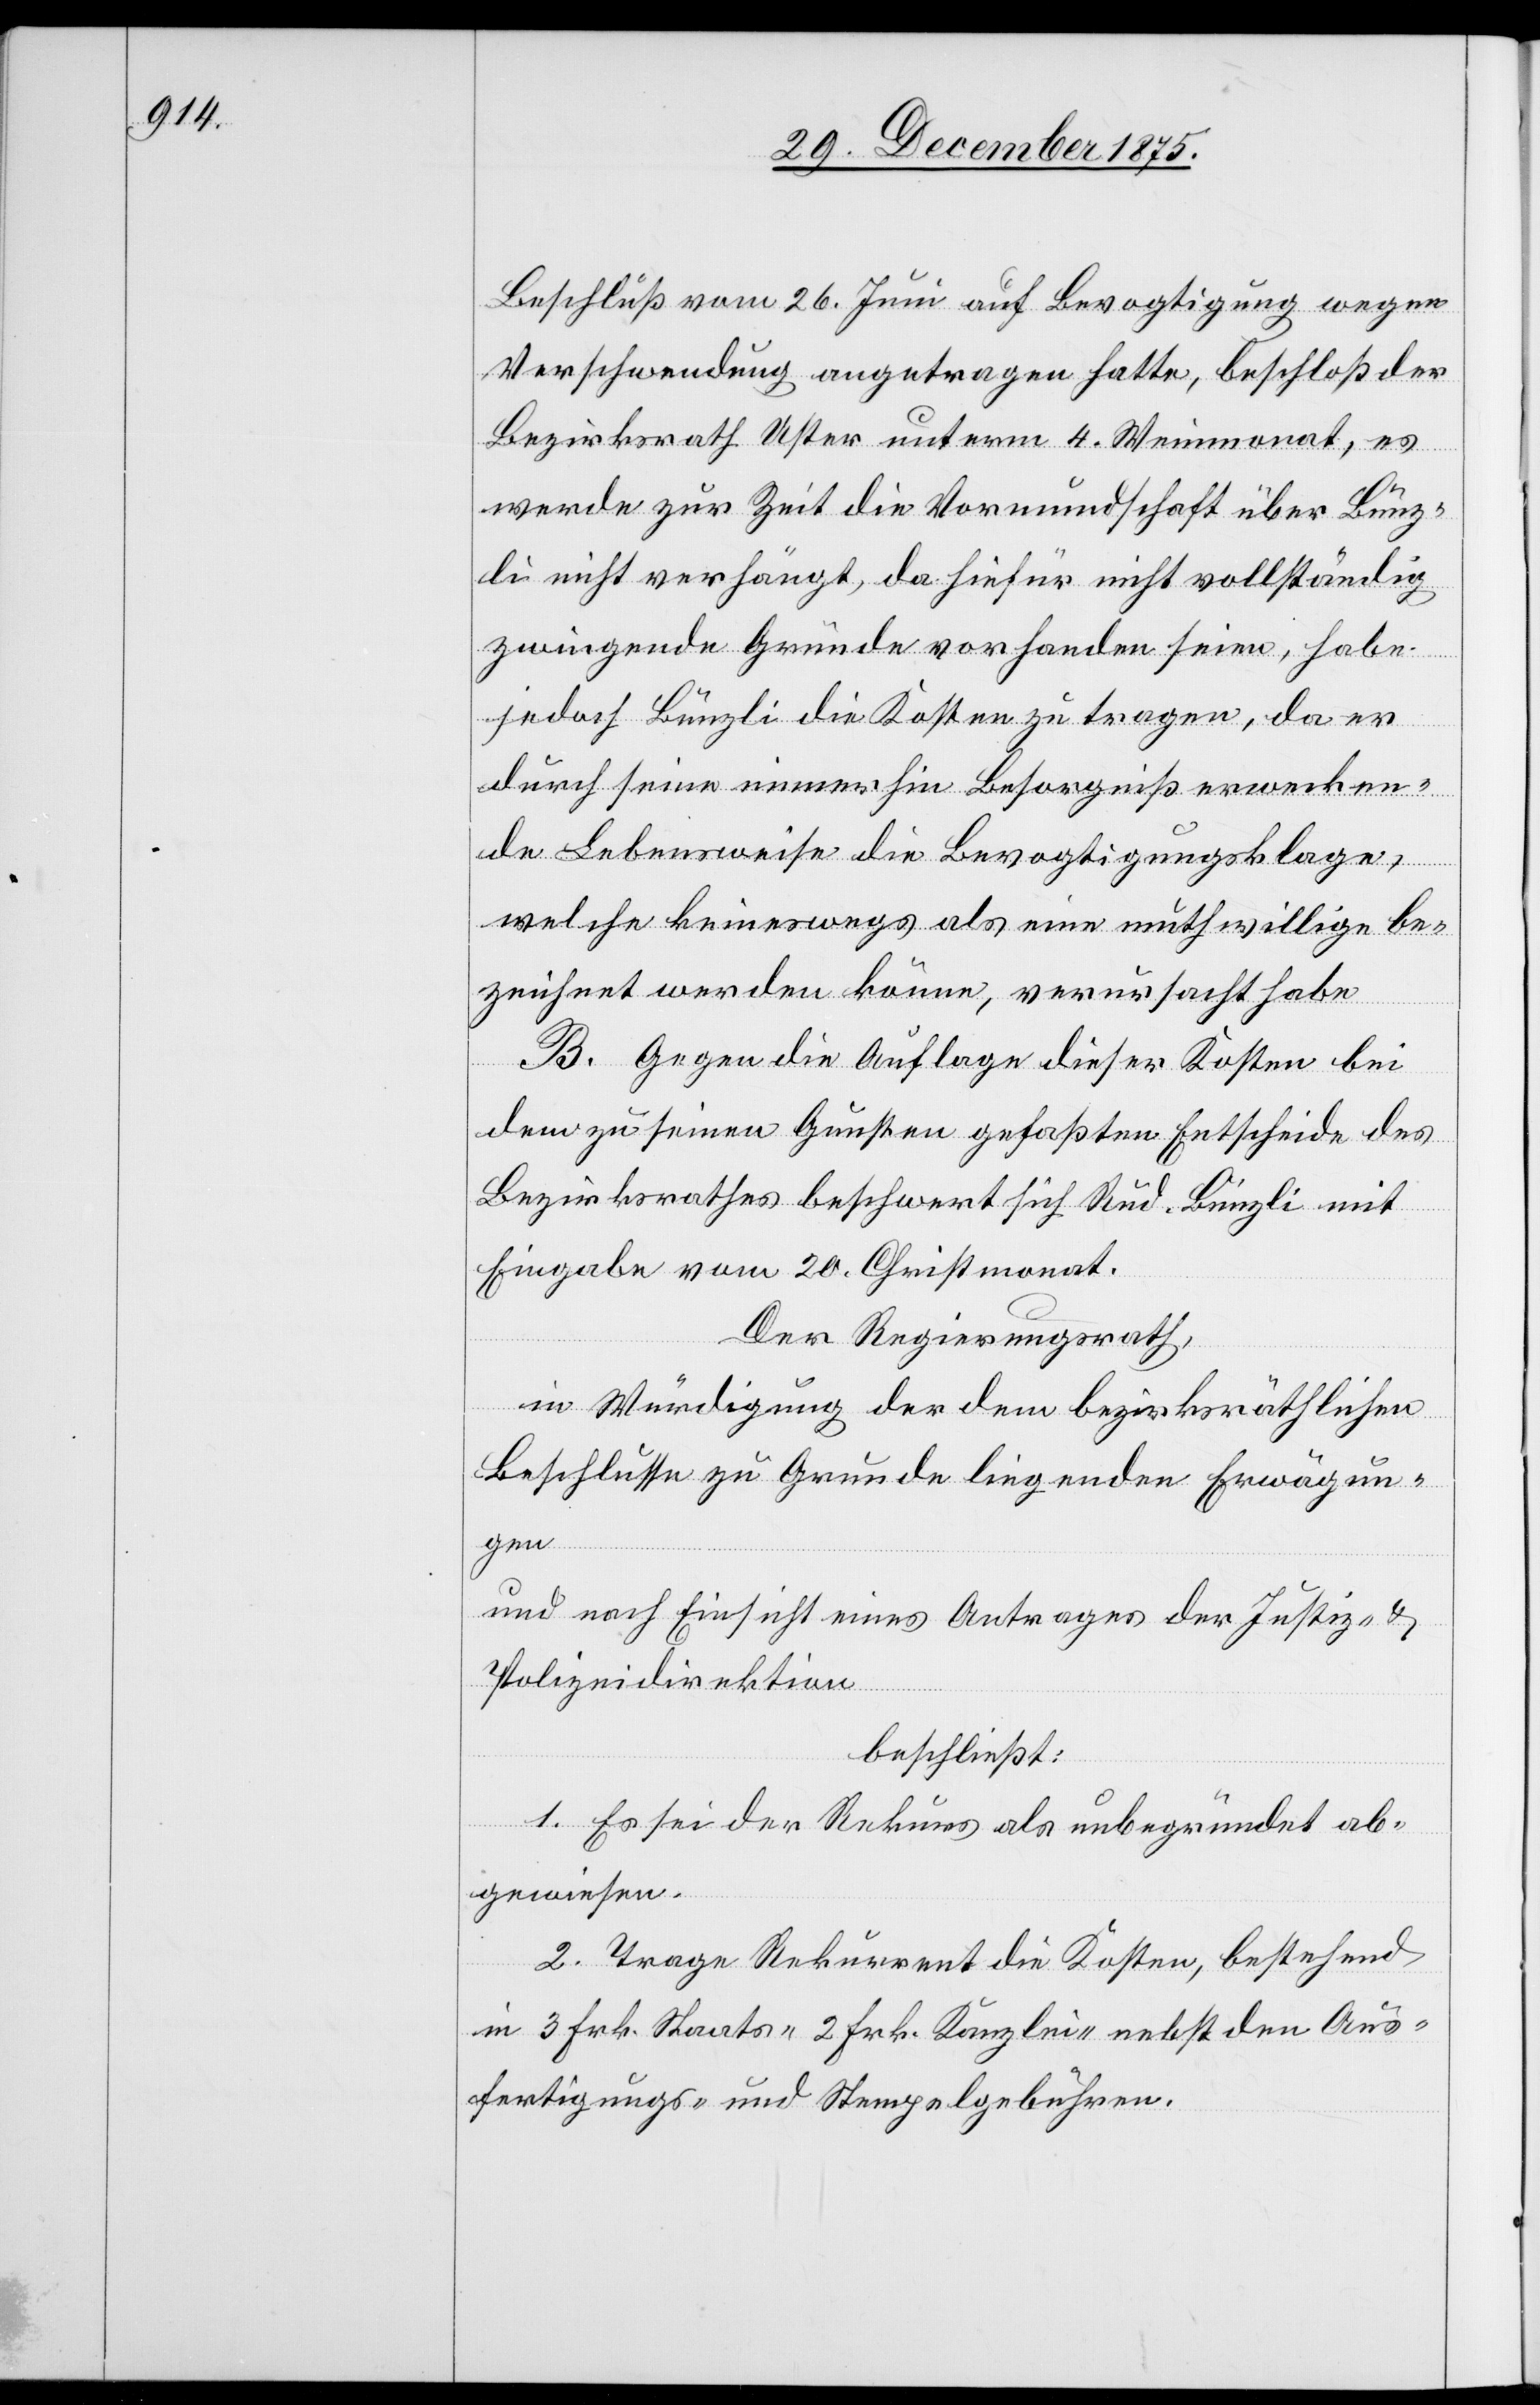
Beschluß vom 26. Juni auf Bevogtigung wegen
Verschwendung angetragen hatte, beschloß der
Bezirksrath Uster unterm 4. Weinmonat, es
werde zur Zeit die Vormundschaft über Bünz¬
li nicht verhängt, da hiefür nicht vollständig
zwingende Gründe vorhanden seien, habe
jedoch Bünzli die Kosten zu tragen, da er
durch seine immerhin Besorgniß erwecken¬
de Lebensweise die Bevogtigungsklage,
welche keineswegs als eine muthwillige be¬
zeichnet werden könne, verursacht habe.
B. Gegen die Auflage dieser Kosten bei
dem zu seinen Gunsten gefaßten Entscheide des
Bezirksrathes beschwert sich Rud. Bünzli mit
Eingabe vom 20. Christmonat.
Der Regierungsrath,
in Würdigung der dem bezirksräthlichen
Beschlusse zu Grunde liegenden Erwägun¬
gen
und nach Einsicht eines Antrages der Justiz- und
Polizeidirektion,
beschließt:
1. Es sei der Rekurs als unbegründet ab¬
gewiesen.
2. Trage Rekurrent die Kosten, bestehend
in 3 Frk. Staats-[,] 2 Frk. Kanzlei- nebst den Aus¬
fertigungs- und Stempelgebühren.